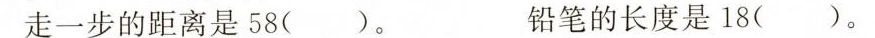
走一步的距离是58()。 铅笔的长度是18()。